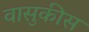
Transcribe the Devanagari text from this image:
वासुकीस